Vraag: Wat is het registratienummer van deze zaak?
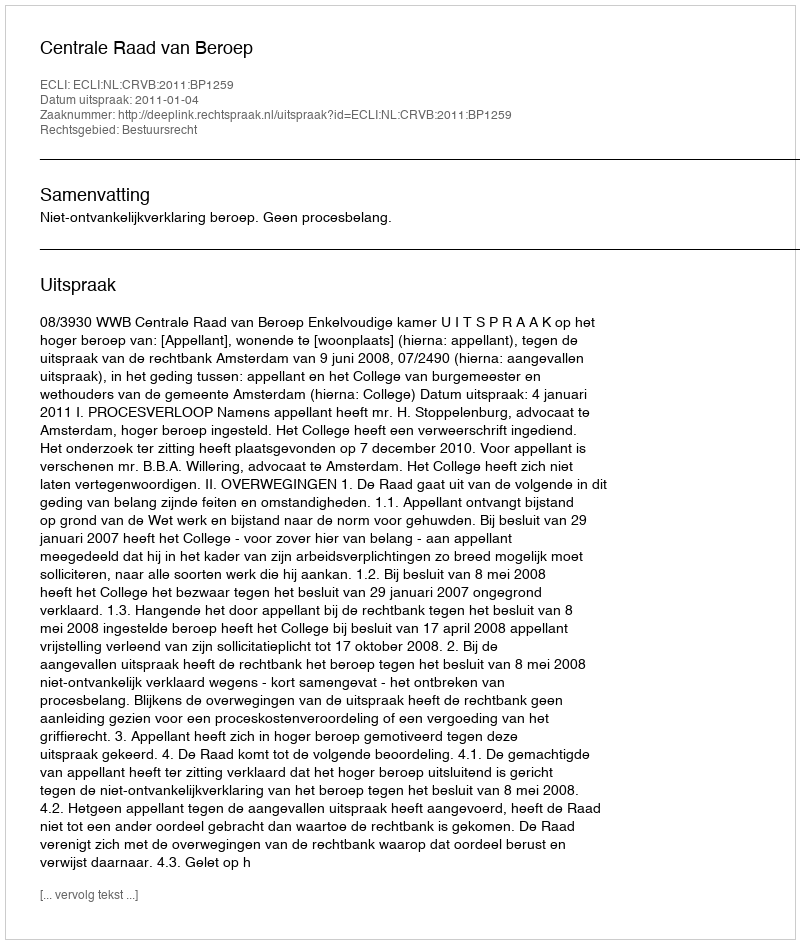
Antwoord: http://deeplink.rechtspraak.nl/uitspraak?id=ECLI:NL:CRVB:2011:BP1259